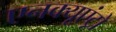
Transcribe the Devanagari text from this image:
एनक्यूएंट्रो